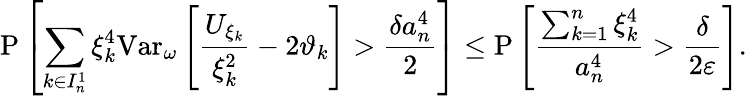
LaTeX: \mathrm{P}\left[\sum_{k\in I_{n}^{1}}\xi_{k}^{4}\mathrm{Var}_{\omega}\left[\frac{U_{\xi_{k}}}{\xi_{k}^{2}}-2\vartheta_{k}\right]>\frac{\delta a_{n}^{4}}{2}\right]\leq\mathrm{P}\left[\frac{\sum_{k=1}^{n}\xi_{k}^{4}}{a_{n}^{4}}>\frac{\delta}{2\varepsilon}\right].